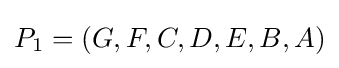
P_{1}=\left(G,F,C,D,E,B,A\right)